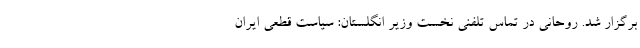
برگزار شد. روحانی در تماس تلفنی نخست وزیر انگلستان: سیاست قطعی ایران